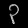
Digit: ၃